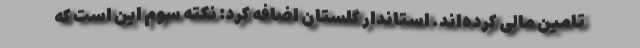
تامین مالی کرده‌اند. استاندار گلستان اضافه کرد: نکته سوم این است که